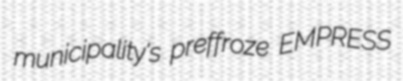
municipality's preffroze EMPRESS